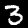
Label: 3